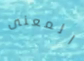
المعنى